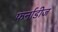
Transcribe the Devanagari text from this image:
फर्नाडीज